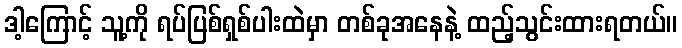
ဒါ့ကြောင့် သူ့ကို ရပ်ပြစ်ရှစ်ပါးထဲမှာ တစ်ခုအနေနဲ့ ထည့်သွင်းထားရတယ်။